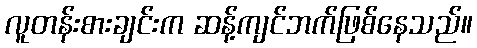
လူတန်းစားချင်းက ဆန့်ကျင်ဘက်ဖြစ်နေသည်။